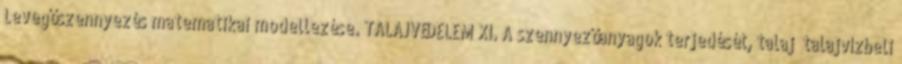
Levegőszennyezés matematikai modellezése. TALAJVÉDELEM XI. A szennyezőanyagok terjedését, talaj talajvízbeli